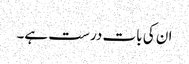
ان کی بات درست ہے۔